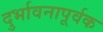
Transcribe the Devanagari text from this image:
दुर्भावनापूर्वक